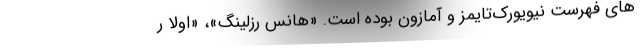
های فهرست نیویورک‌تایمز و آمازون بوده است. «هانس رزلینگ»، «اولا ر